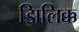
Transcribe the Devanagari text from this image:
झिलिक्क